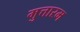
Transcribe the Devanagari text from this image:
मुत्तारम